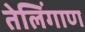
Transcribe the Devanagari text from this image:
तेलिंगाण